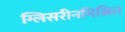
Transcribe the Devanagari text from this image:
ग्लिसरीनमिश्रित